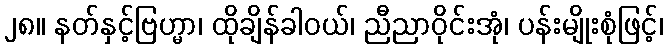
၂၈။ နတ်နှင့်ဗြဟ္မာ၊ ထိုချိန်ခါဝယ်၊ ညီညာဝိုင်းအုံ၊ ပန်းမျိုးစုံဖြင့်၊